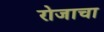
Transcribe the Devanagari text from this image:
रोजाचा